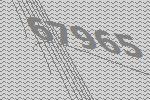
67965